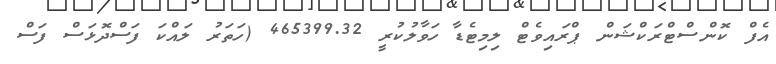
އެފް ކޮންސްޓްރަކްޝަން ޕްރައިވެޓް ލިމިޓެޑާ ހަވާލުކުރީ 465399.32 (ހަތަރު ލައްކަ ފަސްދޮޅަސް ފަސް